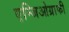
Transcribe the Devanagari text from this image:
एन्जिओग्राफी